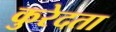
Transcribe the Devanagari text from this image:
कुरेदता